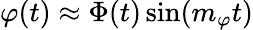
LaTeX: \varphi(t)\approx\Phi(t)\sin(m_{\varphi}t)